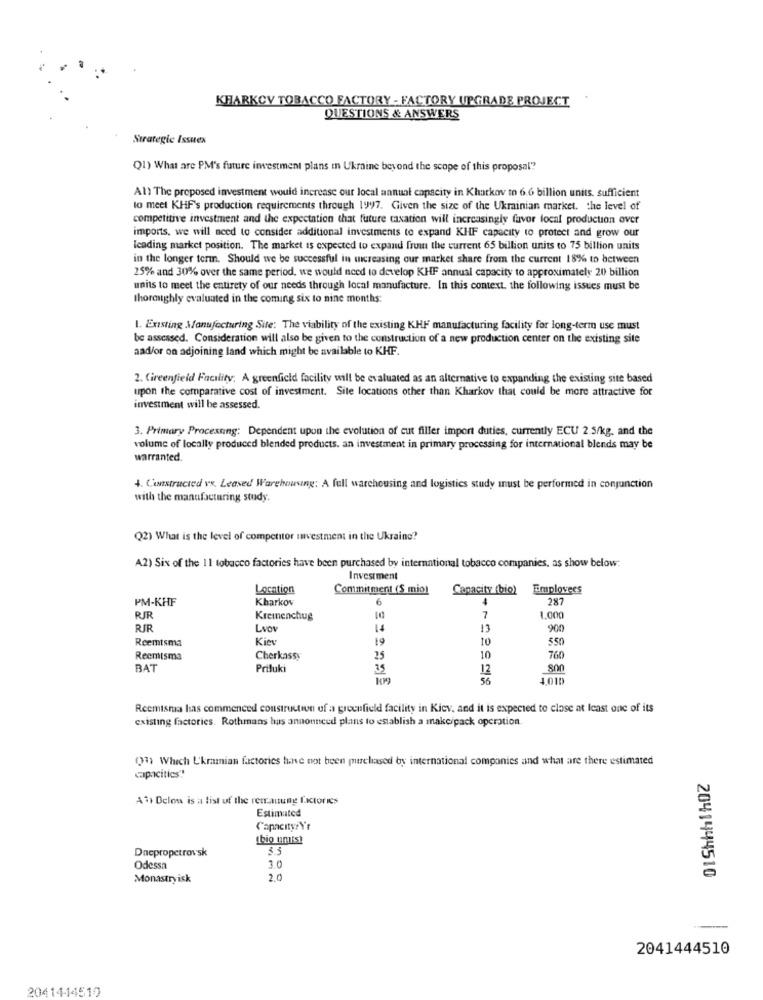
KHARKCY TOBACCO FACTORY - FACTORY UPGRADE PROJECT
QUESTIONS & ANSWERS
Strategic Issuex
Q1) What are PM's future investment plans in Ukraine beyond the scope of this proposal"?
All The proposed investment would increase our local annual capacity in Kharkov to 6.6 billion units, sufficient
to meet KHF's production requirements through 1997. Given the size of the Ukrainian market. the level of
competitive investment and the expectation that future taxation will increasingly favor local production over
imports, we will need to consider additional investments to expand KHF capacity to protect and grow our
leading market position. The market is expected to expand from the current 65 billion units to 75 billion units
in the longer term. Should we be successful in ucreasing our market share from the current 18% to between
25% and 30% over the same period, we would need to develop KHIF annual capacity to approximately 20 billion
units to meet the entirety of our needs through local manufacture. In this context, the following issues must be
thoroughly evaluated in the coming six to nine months:
1. Existing Manufacturing Site: The viability of the existing KHI manufacturing facility for long-term use must
be assessed. Consideration will also be given to the construction of a new production center on the existing site
aad/or on adjoining land which might be available to KHF.
2. Cireenfield Facility: A greenfield facility will be evaluated as an alternative to expanding the existing site based
upon the comparative cost of investment. Site locations other than Kharkov that could be more attractive for
investment will be assessed.
3. Primary Processing: Dependent upon the evolution of cut filler import duties, currently ECU 2.5/kg, and the
volume of locally produced blended products. an investment in primary processing for international blends may be
warranted.
4. Constructed vs. Leased Warehousing: A full warehousing and logistics study must be performed in conjunction
with the manufacturing study.
Q2) What is the level of competitor mwvestment in the Ukraine?
A2) Six of the 11 tobacco factories have been purchased by international tobacco companies, as show below:
Investment
Location
Commitment (S mio)
Capacity (bio)
Emplovees
PM-KHF
Kharkov
6
287
RJR
Kremenchug
7
1.000
RJR
Lvov
13
900
Reemtsma
Kiey
550
19
Reemtsma
Cherkassy
25
10
760
BAT
Priluki
35
12
800
56
4.010
Reemisma has commenced construction of a grocefield facility in Kiev, and it is expected to clase at least one of its
existing factories. Rothmans has announced plans to establish a makeipack operation.
(7) Which Ukramian factories have not been purchased by international companies and what are there estimated
capacities"!
A11 Delos is a list of the remanung factories
Estimated
Capacityr\'f
[bio units)
Dnepropetrov sk
5.5
Odessa
3.0
Monastryisk
2.0
2041444510
2041444510
2041444510